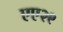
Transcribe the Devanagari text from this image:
एए२९